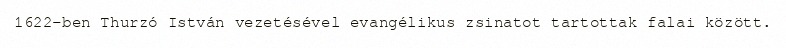
1622-ben Thurzó István vezetésével evangélikus zsinatot tartottak falai között.